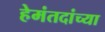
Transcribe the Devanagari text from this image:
हेमंतदांच्या